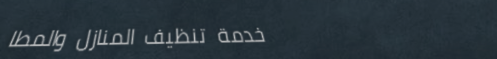
خدمة تنظيف المنازل والمطا